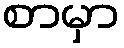
စာမှာ